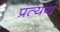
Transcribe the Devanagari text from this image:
प्रत्ययं